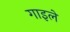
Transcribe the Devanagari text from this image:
गाइले